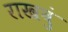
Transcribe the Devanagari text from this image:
राखवुं